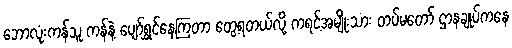
ဘောလုံးကန်သူ ကန်နဲ့ ပျော်ရွှင်နေကြတာ တွေ့ရတယ်လို့ ကရင့်အမျိုးသား တပ်မတော် ဌာနချုပ်ကနေ